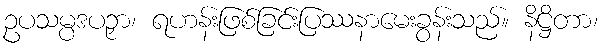
ဥပသမ္ပဒပဉှာ၊ ရဟန်းဖြစ်ခြင်းပြဿနာမေးခွန်းသည်။ နိဋ္ဌိတာ၊